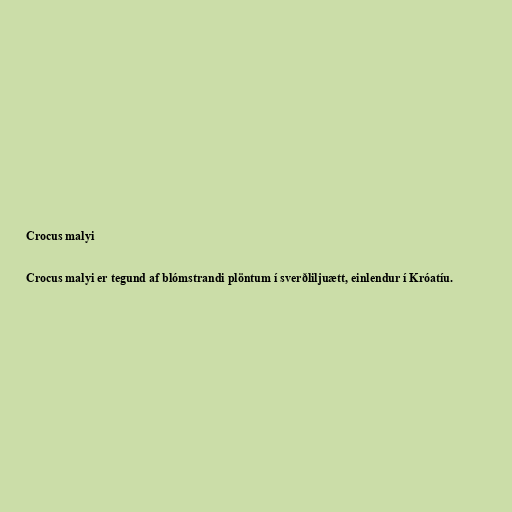
Crocus malyi

Crocus malyi er tegund af blómstrandi plöntum í sverðliljuætt, einlendur í Króatíu.